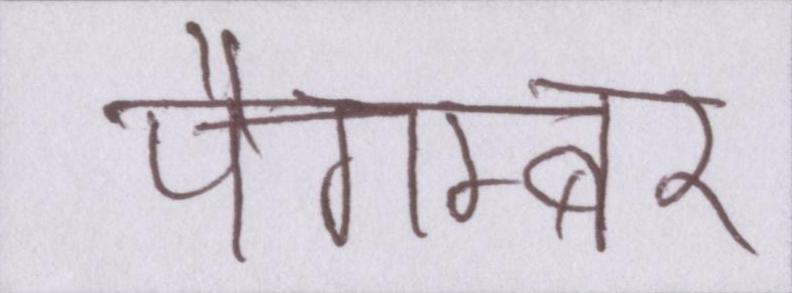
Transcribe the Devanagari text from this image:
पैगम्बर